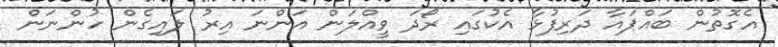
އެގޮތުން ބައްޕައާ ދަރިފުޅާ އެކުގައި ރޯދަ ވީއްލަން އަންނަ އިރު ލައިގެން ހުންނަން